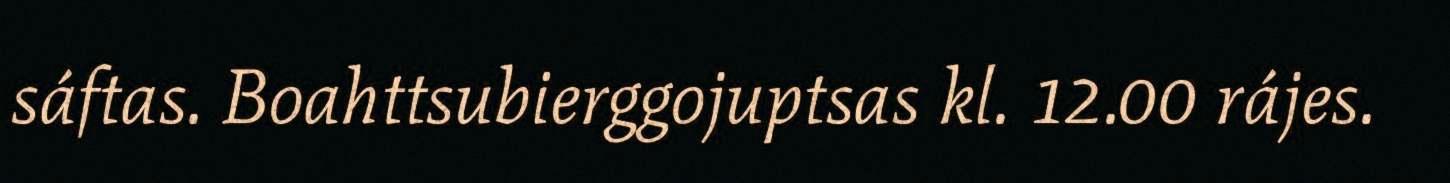
sáftas. Boahttsubierggojuptsas kl. 12.00 rájes.